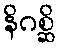
နိဂစ္ဆိ